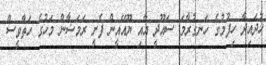
ހުދައިދާ ހިފުމުގެ ހަނގުރާމަ ސައޫދީ އާއި ޔޫއޭއީން ފެށީ ރަމަޟާން މަހުގެ ހަތާވީސް